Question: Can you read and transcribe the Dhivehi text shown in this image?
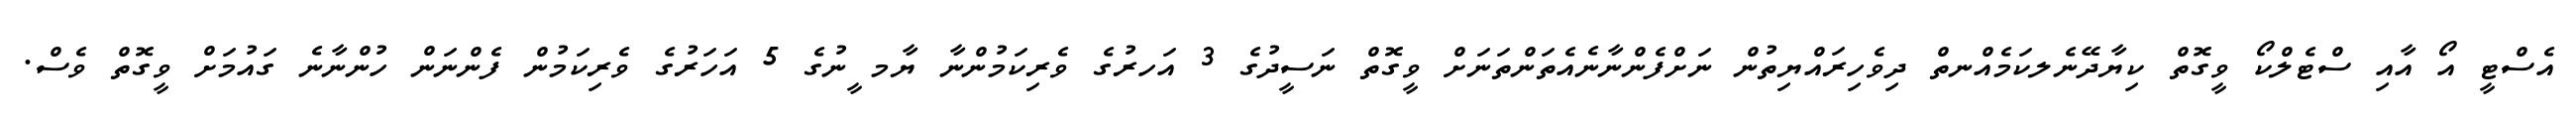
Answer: އެސްޓީ އޯ އާއި ސްޓެލްކޯ ވީގޮތް ކިޔާދޭނެލކަމެއްނތް ދިވެހިރައްޔިތުން ނަށްފެންނާނެއެތަންތަނަށް ވީގޮތް ނަސީދުގެ 3 އަހރުގެ ވެރިކަމުންނާ ޔާމ ީނުގެ 5 އަހަރުގެ ވެރިކަމުން ފެންނަން ހުންނާނެ ގައުމަށް ވީގޮތް ވެސް.